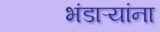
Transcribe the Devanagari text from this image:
भंडाऱ्यांना